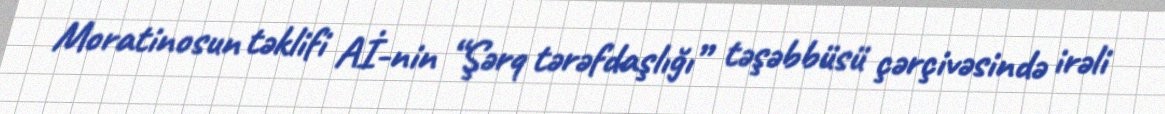
Moratinosun təklifi Aİ-nin “Şərq tərəfdaşlığı” təşəbbüsü çərçivəsində irəli